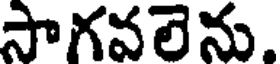
సాగవలెను.